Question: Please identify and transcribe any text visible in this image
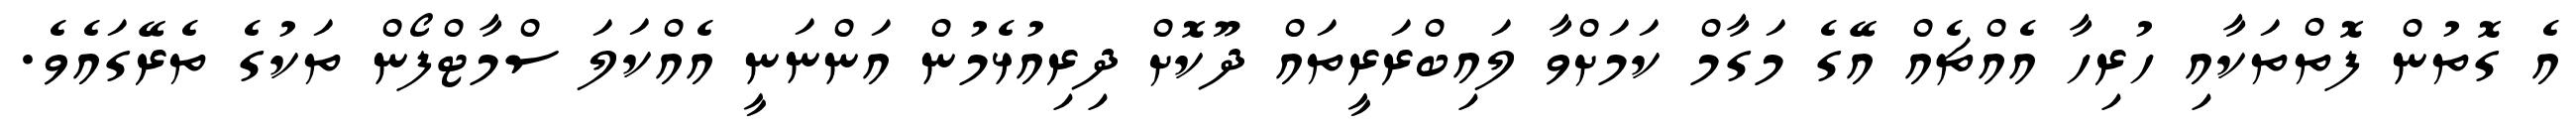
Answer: އެ ގޮތުން ފޮތްތަކާއި ހުރިހާ އެއްޗެއް އޭގެ މަގާމް ކަމަށްވާ ލައިބްރަރީތައް ދޫކޮށް ދިރިއުޅެމުން އަންނަނީ އެއްކަލަ ސްމާޓްފޯން ތަކުގެ ތެރޭގައެވެ.